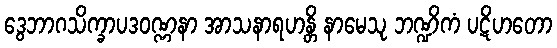
ဒွေဘာဂသိက္ခာပဒဝဏ္ဏနာ အာသနာရဟန္တိ နာမေသု ဘဏ္ဍိကံ ပဋိဟတော